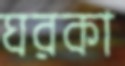
ঘরকা